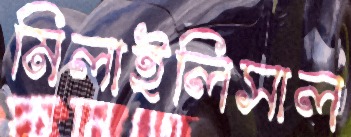
মিলাইলিসাল